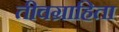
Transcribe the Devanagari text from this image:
तीवग्राहिता